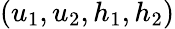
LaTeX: (u_{1},u_{2},h_{1},h_{2})